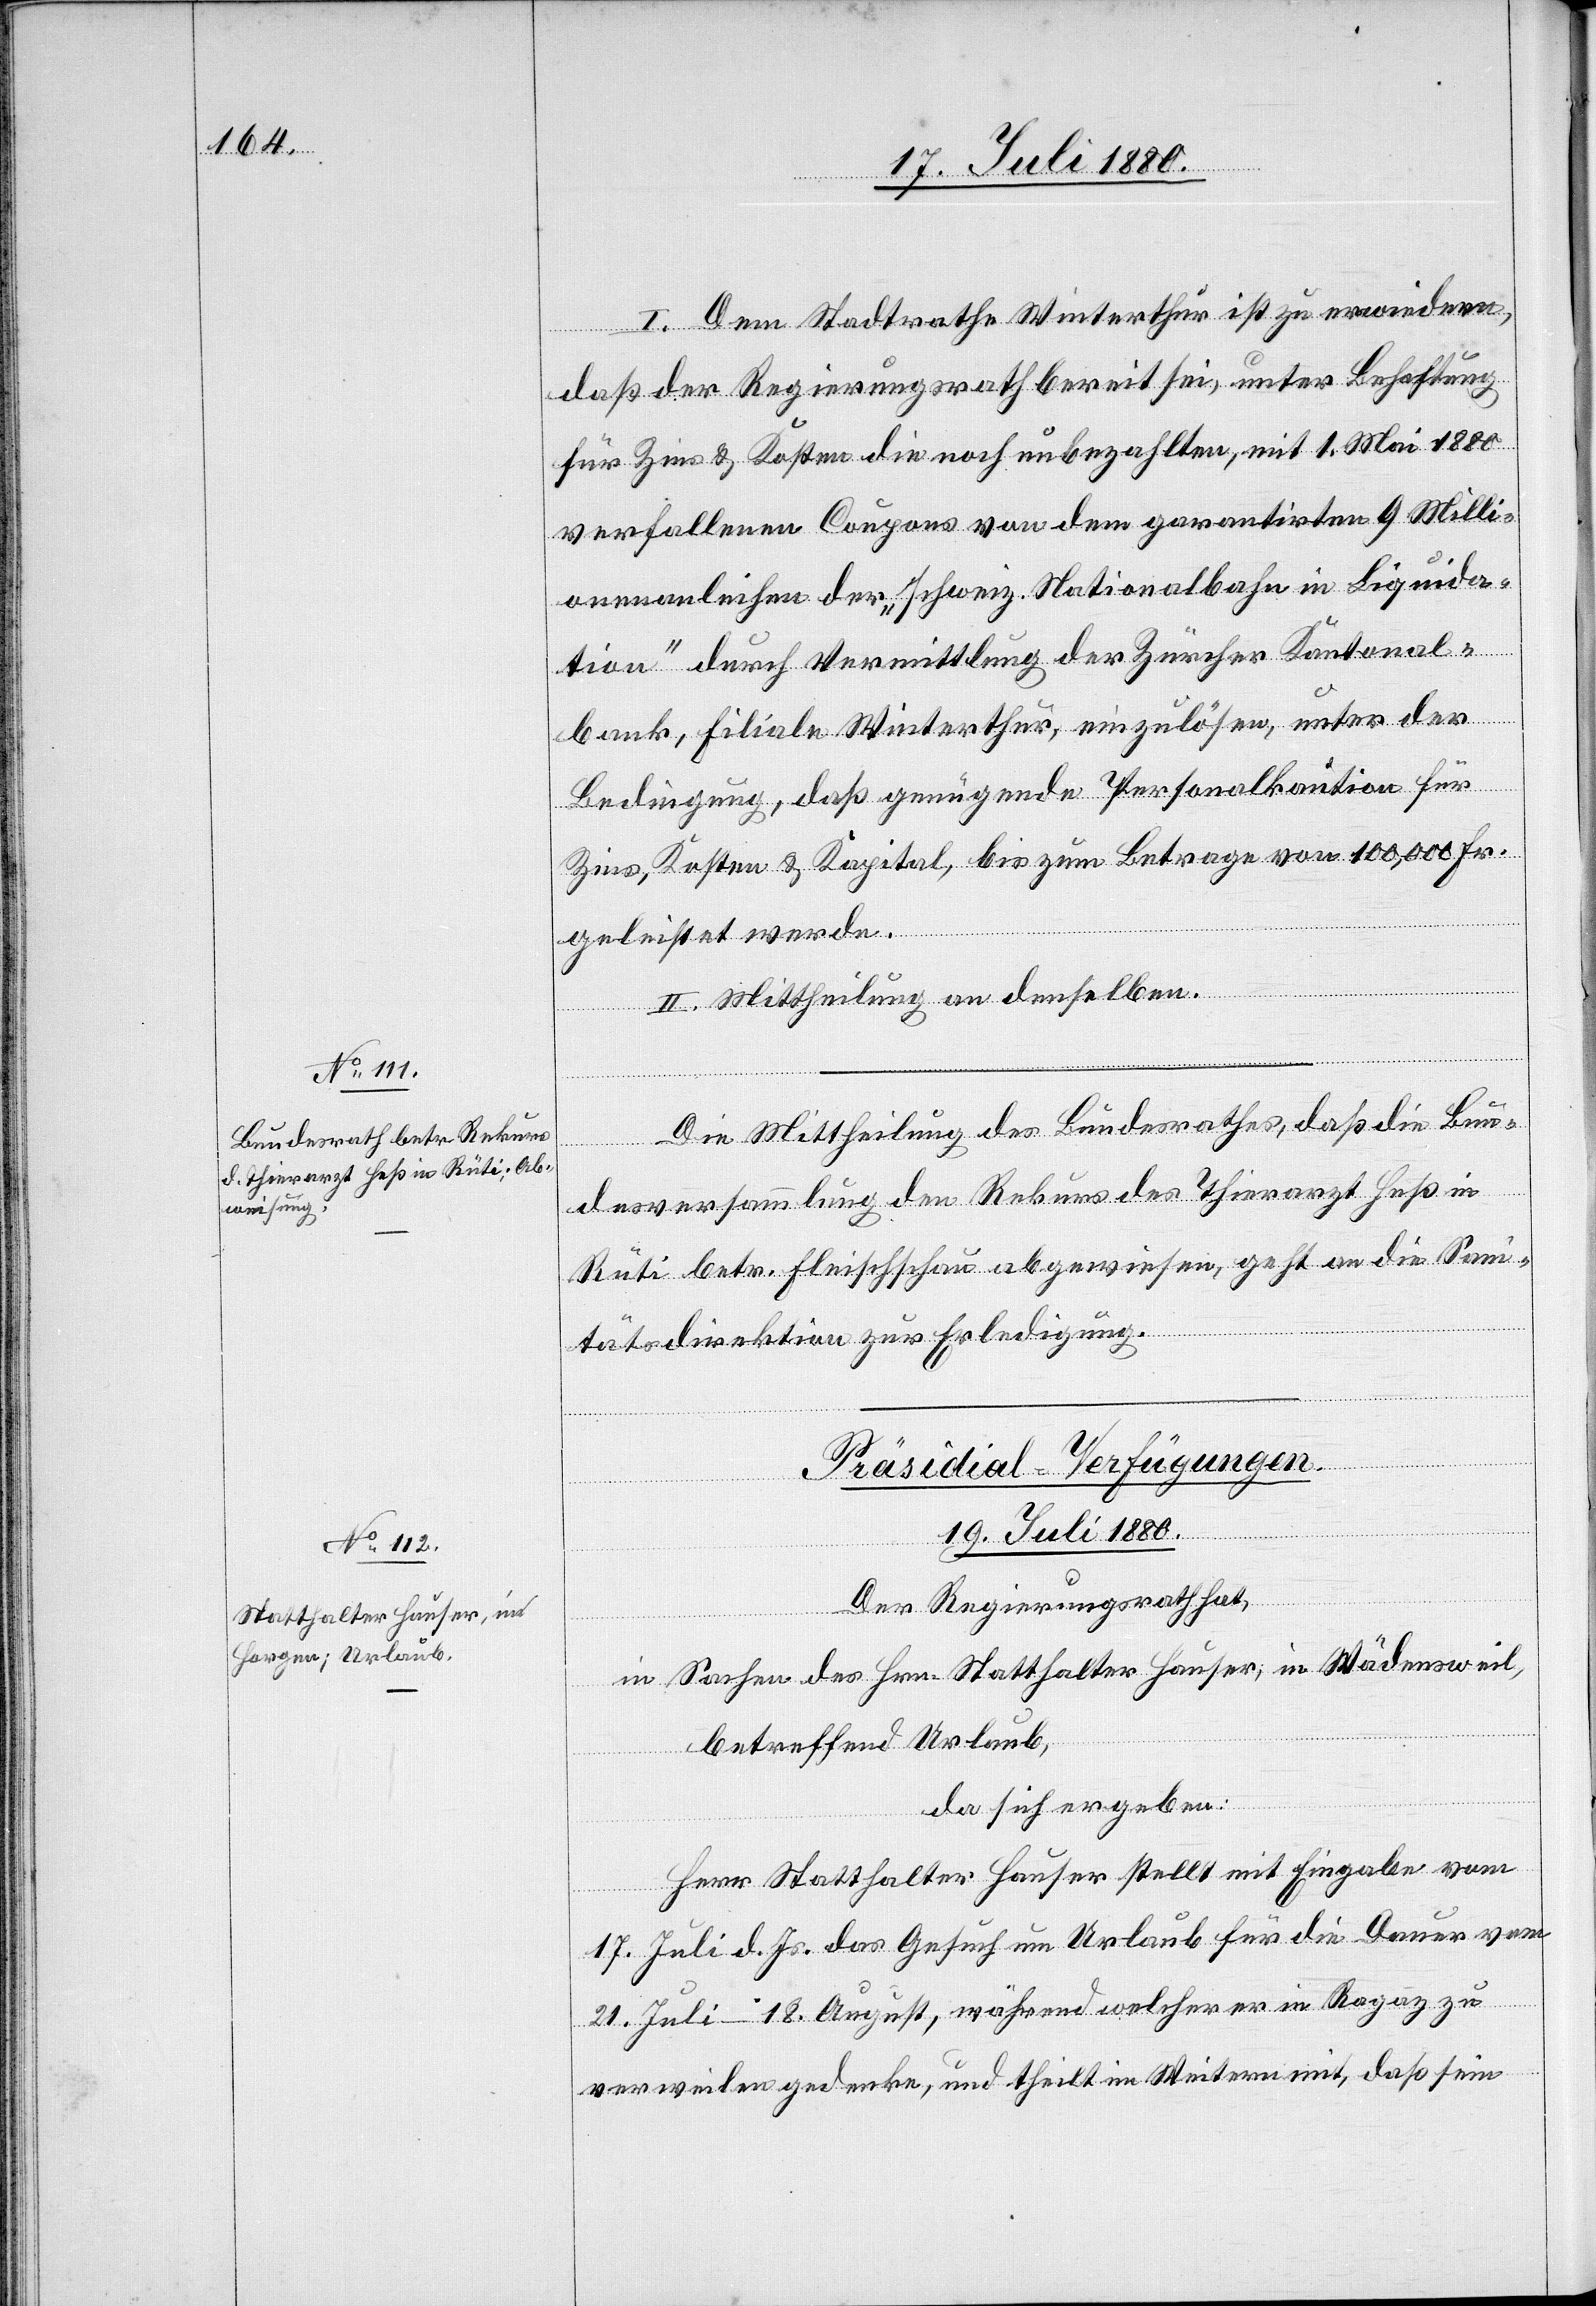
I. Dem Stadtrathe Winterthur ist zu erwiedern,
daß der Regierungsrath bereit sei, unter Beschaffung
für Zins & Kosten die noch unbezahlten, mit 1. Mai 1880
verfallenen Coupons von dem garantirten 9 Milli¬
onenanleihen der „schweiz. Nationalbahn in Liquida¬
tion“ durch Vermittlung der Zürcher Kantonal¬
bank, Filiale Winterthur, einzulösen, unter der
Bedingung, daß genügende Personalkaution für
Zins, Kosten & Kapital, bis zum Betrage von 100,000 Fr.
geleistet werden.
II. Mittheilung an denselben.
Die Mittheilung des Bundesrathes, daß die Bun¬
desversammlung den Rekurs des Thierarzt Heß in
Rüti betr. Fleischschau abgewiesen, geht an die Sani¬
tätsdirektion zur Erledigung.
Präsidial-Verfügungen
19. Juli 1880.
Der Regierungsrath hat,
in Sachen des Hrn. Statthalter Hauser, in Wädensweil,
betreffend Urlaub,
da sich ergeben:
Herr Statthalter Hauser stellt mit Eingabe vom
17. Juli d. Js. das Gesuch um Urlaub für die Dauer vom
21. Juli – 18. August, während welcher er in Ragaz zu
verweilen gedenke, und theilt im Weiteren mit, daß sein